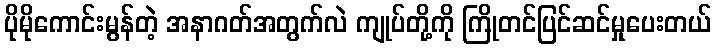
ပိုမိုကောင်းမွန်တဲ့ အနာဂတ်အတွက်လဲ ကျုပ်တို့ကို ကြိုတင်ပြင်ဆင်မှုပေးတယ်